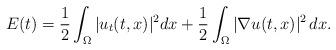
LaTeX: \begin{align*}E(t) =\frac{1}{2} \int_{\Omega}|u_t(t,x)|^2dx +{1 \over 2 }\int_{\Omega}|\nabla u(t,x)|^2 \,dx.\end{align*}